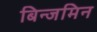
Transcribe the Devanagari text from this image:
बिन्जमिन